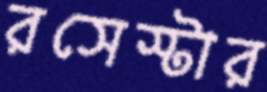
রসেস্টার